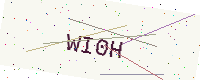
Text: WI0H